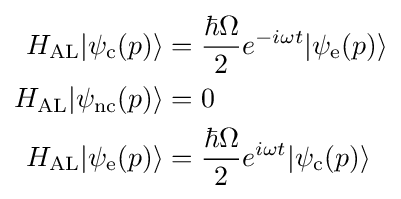
{\begin{aligned}H_{\mathrm {AL} }|\psi _{\mathrm {c} }(p)\rangle &={\frac {\hbar \Omega }{2}}e^{-i\omega t}|\psi _{\mathrm {e} }(p)\rangle \\H_{\mathrm {AL} }|\psi _{\mathrm {nc} }(p)\rangle &=0\\H_{\mathrm {AL} }|\psi _{\mathrm {e} }(p)\rangle &={\frac {\hbar \Omega }{2}}e^{i\omega t}|\psi _{\mathrm {c} }(p)\rangle \end{aligned}}